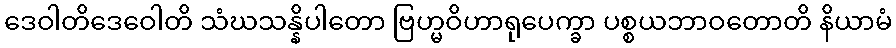
ဒေဝါတိဒေဝေါတိ သံဃသန္နိပါတော ဗြဟ္မဝိဟာရုပေက္ခာ ပစ္စယဘာဝတောတိ နိယာမံ